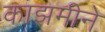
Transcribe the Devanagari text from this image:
काझमीने